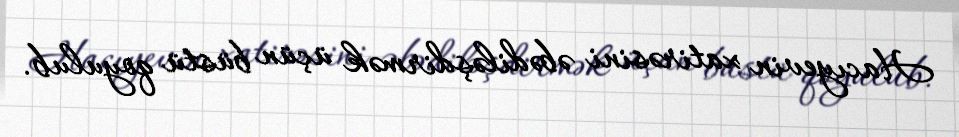
Hacıyevin xatirəsini əbədiləşdirmək üçün büstü qoyulub.